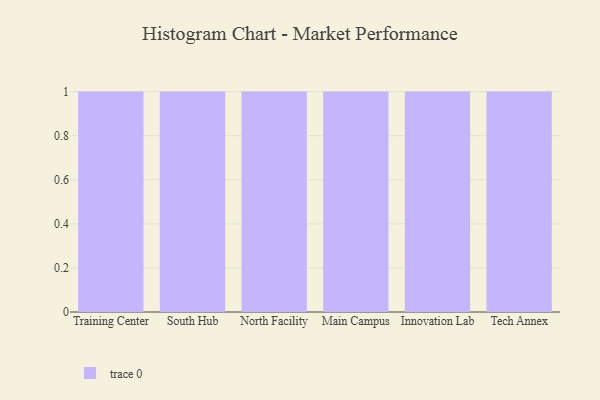
{"axis": {"x": "Campus", "y": "Churn Rate (%)"}, "legend": [""], "data": [{"x": "Training Center", "y": 11, "type": ""}, {"x": "South Hub", "y": 96, "type": ""}, {"x": "North Facility", "y": 73, "type": ""}, {"x": "Main Campus", "y": 44, "type": ""}, {"x": "Innovation Lab", "y": 98, "type": ""}, {"x": "Tech Annex", "y": 98, "type": ""}]}